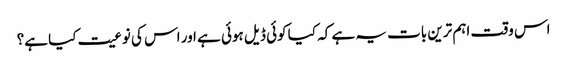
اس وقت اہم ترین بات یہ ہے کہ کیا کوئی ڈیل ہوئی ہے اور اس کی نوعیت کیا ہے؟